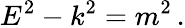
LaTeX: E^{2}-k^{2}=m^{2}\, .